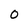
Character: O